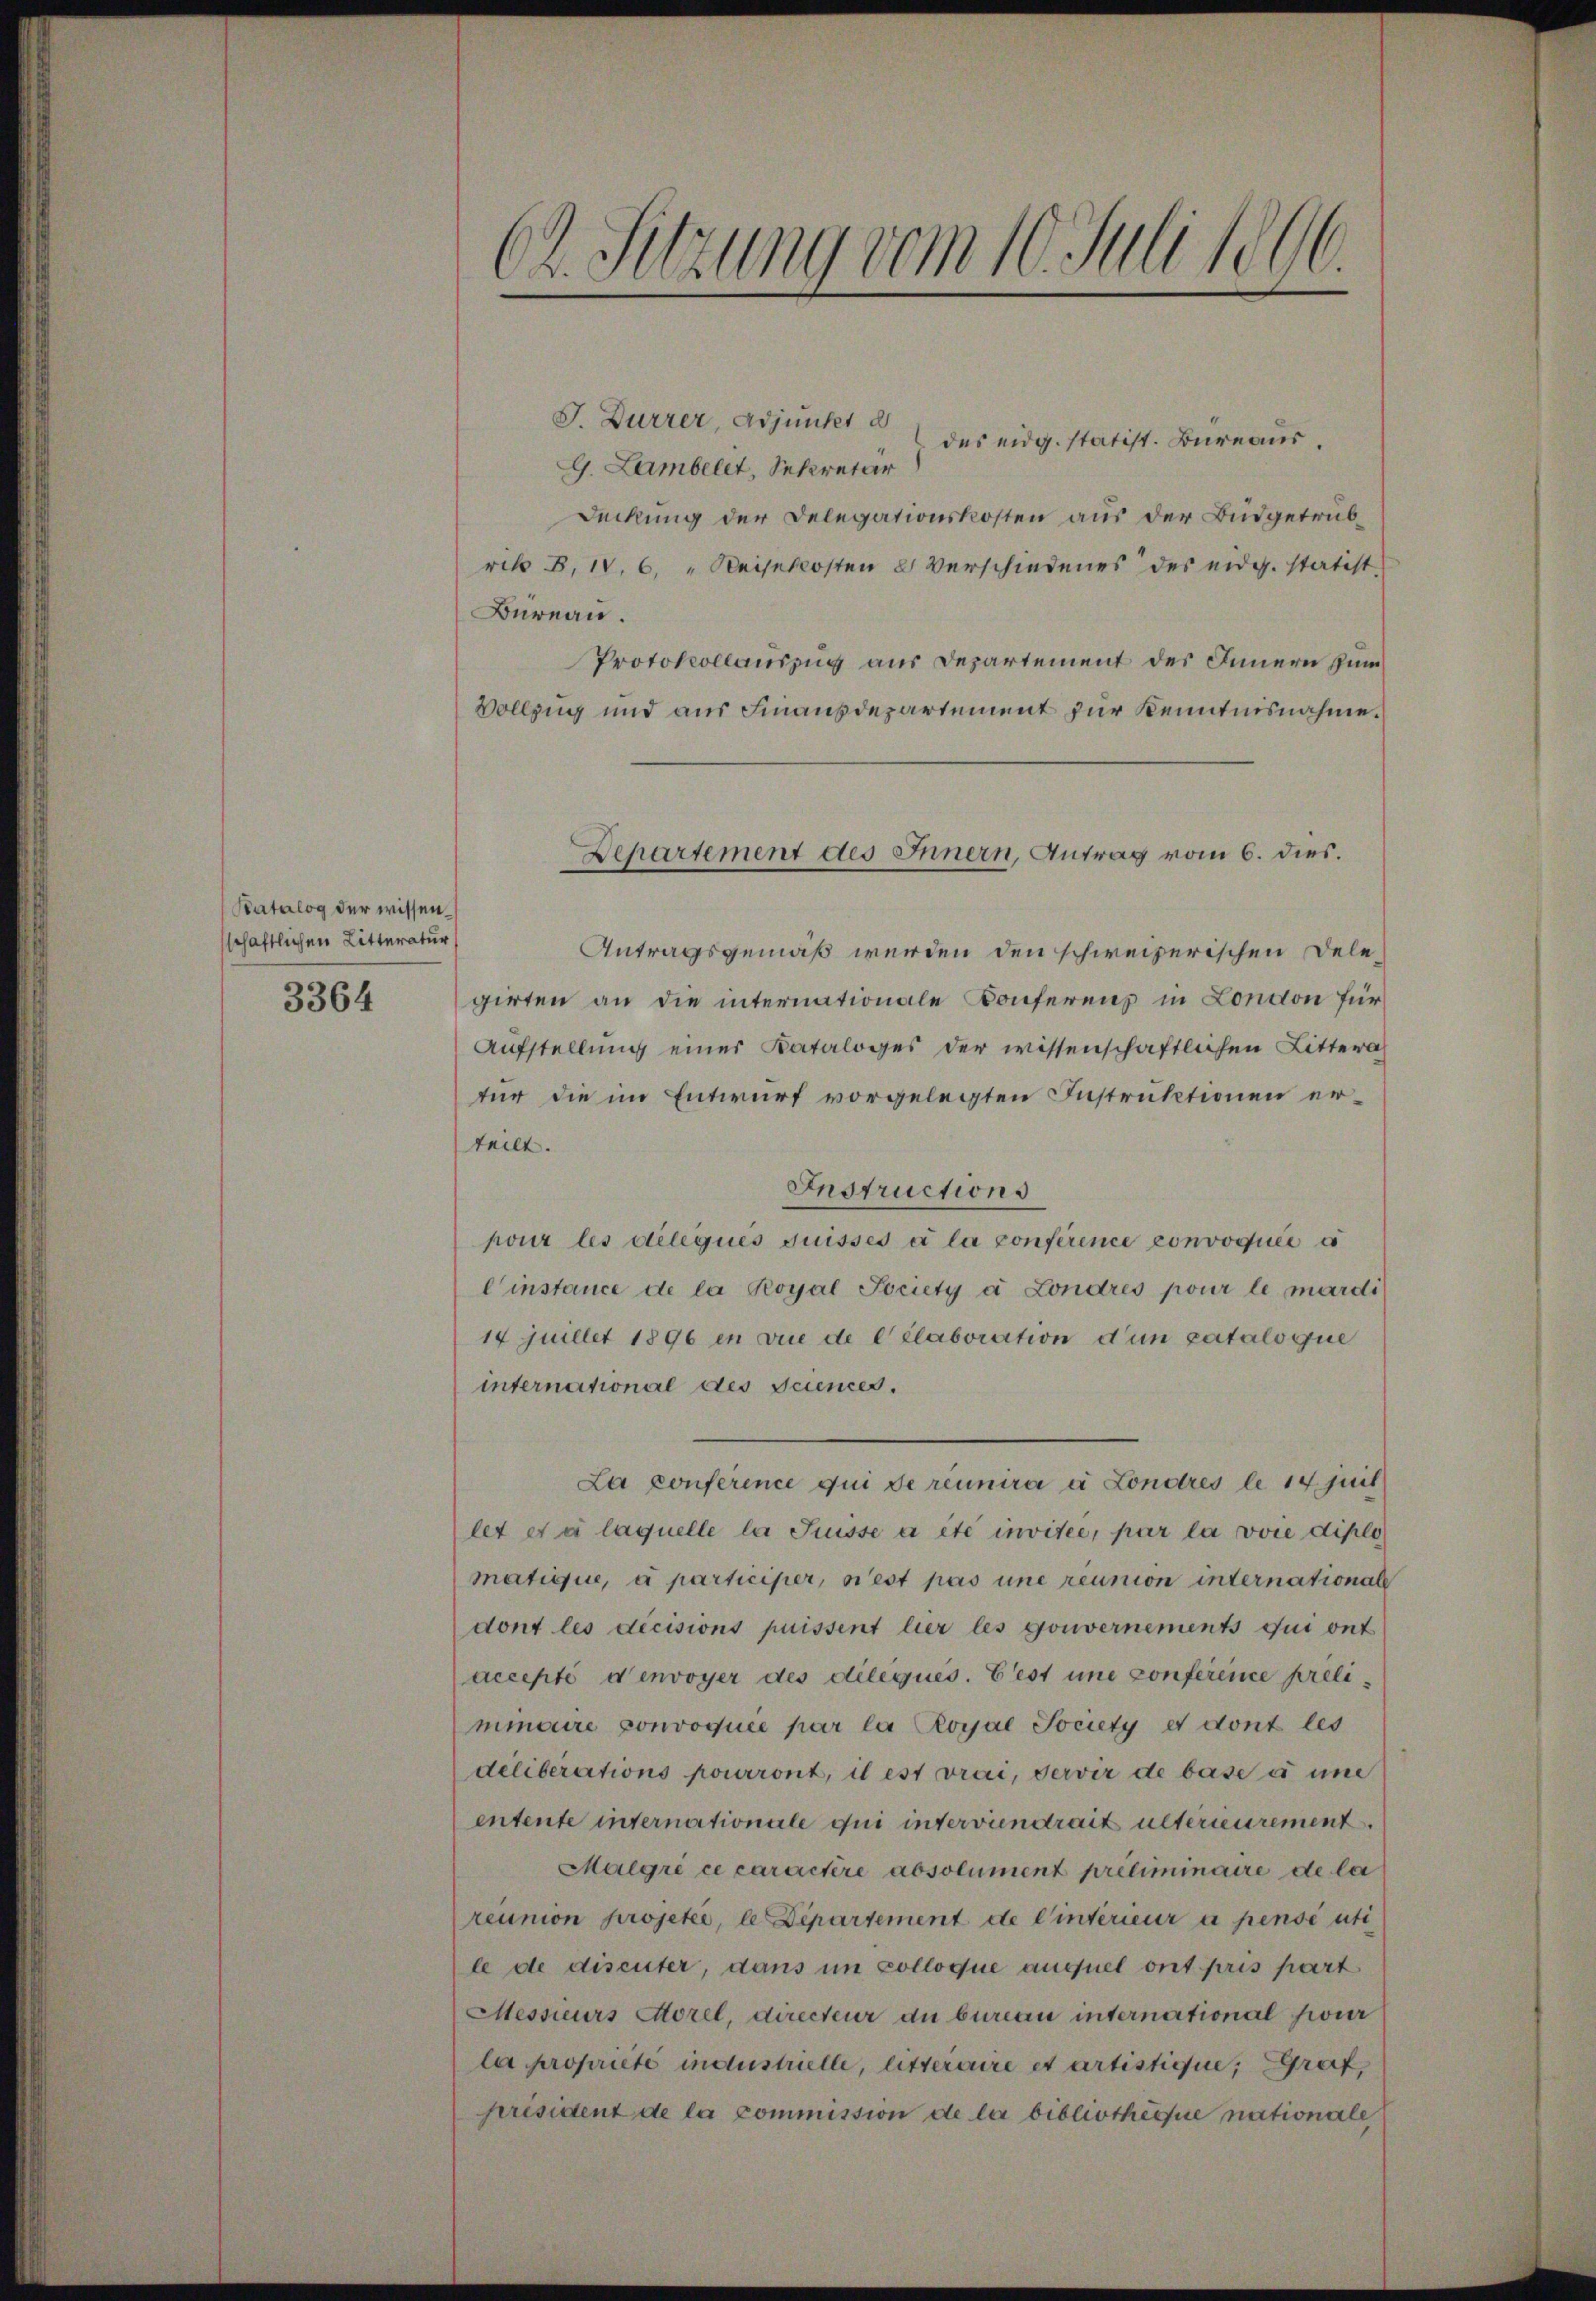
Batalog der wissenschaftlichen Litteratur
3364

Ch. Sitzung vom 10. Juli 1896.

J. Dürrer Adjunker d
des eidg. statist. Büreaus.
G. Lambelet, Sekretär
Deckung der Delegationskosten aus der Budgetrübrik B. IV. 6. " Reisekosten 2 Verschiedenes des eidg. statist
Büreau.
Protokollauszug aus Departement des Innern zum
Vollzug und aus Finanzdepartement zur Kenntnisnahme.
Antragsgemäß werden den schweizerischen Delegirten an die internationale Konferens in London für
Aufstellung einer Kataloges der wissenschaftlichen Littera
tur die im Entwurf vorgelegten Instruktionen erteilt.
Instructions
pour les deleques Suisses à la conférence convoquée e
Einstance de la Royal Society à Londres pour le mardi
14 juillet 1896 in vue de célaboration d’un cataloque
international des Sciences.
La conference qui de réunira a Londres le 14 juit
let et à laquelle la Suisse a été invitée, par la voie diplo
matique, à participer, rest pas une réunion international
dont les decisions puissent hier les gouvernements qui ont
accepté d’envoyer des dileques. Gest une conference prelimmaire convoquée par la Royal Society et dont les
deliberations pourront, il est vrai, servir de base à une
entente internationale qui interviendrait unterieurement.
Malgri ce caractère absolument préliminaire de la
reunion projete, le Departement de l’intérieur a pensé uti
le de discuter, dans in solloque auquel ont pris part
Messieurs Morel, directeur du bureau international feier
la propriete industrielle, litteraire et artistique; Graf,
président de la commission de la bibliothèque nationale

Departement des Innern, Antrag vom 6. dies.